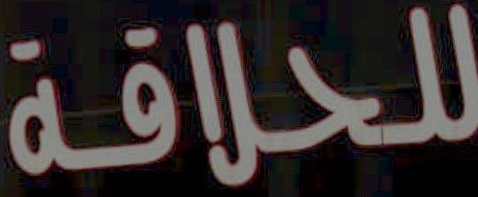
للحلاقة